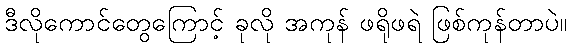
ဒီလိုကောင်တွေကြောင့် ခုလို အကုန် ဖရိုဖရဲ ဖြစ်ကုန်တာပဲ။